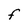
Character: F